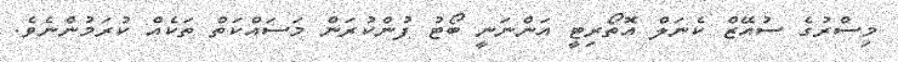
މިސްރުގެ ސުއޭޒް ކެނަލް އޮތޯރިޓީ އަންނަނީ ބޯޓު ފުންކުރަން މަސައްކަތް ތަކެއް ކުރަމުންނެވެ.